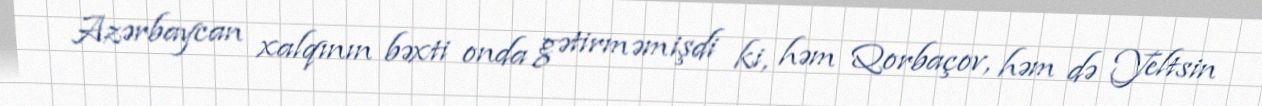
Azərbaycan xalqının bəxti onda gətirməmişdi ki, həm Qorbaçov, həm də Yeltsin